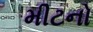
મીટનો